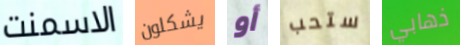
الاسمنت يشكلون أو ستحب ذهابي